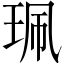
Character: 珮